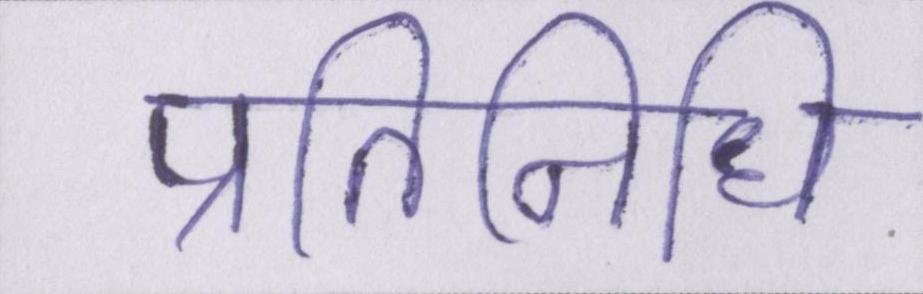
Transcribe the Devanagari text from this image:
प्रतिनिधि